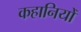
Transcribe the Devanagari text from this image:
कहानियोँ